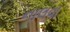
નાલવા